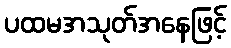
ပထမအသုတ်အနေဖြင့်